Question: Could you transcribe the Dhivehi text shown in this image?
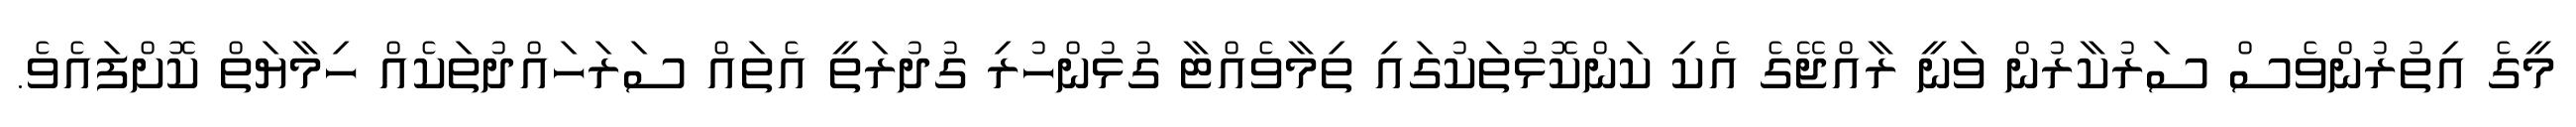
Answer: މީގެ އިތުރުންވެސް ސަރުކާރުން ވަނީ ރާއްޖޭގެ އެކި ކަންކޮޅުތަކުގައި ތިމާވެއްޓާ ގުޅުންހުރި ގުދުރަތީ އެތައް ސަރަހައްދުތަކެއް ހިމާޔަތް ކޮށްފައެވެ.